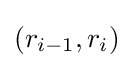
(r_{i-1},r_{i})